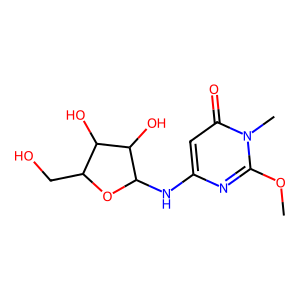
SMILES: COc1nc(NC2OC(CO)C(O)C2O)cc(=O)n1C
Inhibits HIV replication: No